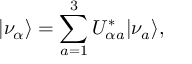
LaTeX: \vert \nu _ { \alpha } \rangle = \sum _ { a = 1 } ^ { 3 } U _ { \alpha a } ^ { \ast } \vert \nu _ { a } \rangle ,